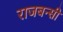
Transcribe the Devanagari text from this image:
राजबन्सी